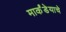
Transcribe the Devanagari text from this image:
मार्कंडेयाचे